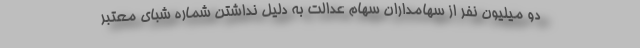
دو میلیون نفر از سهامداران سهام عدالت به دلیل نداشتن شماره شبای معتبر